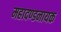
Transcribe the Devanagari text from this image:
महादण्डनायक